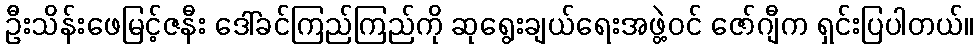
ဦးသိန်းဖေမြင့်ဇနီး ဒေါ်ခင်ကြည်ကြည်ကို ဆုရွေးချယ်ရေးအဖွဲ့ဝင် ဇော်ဂျီက ရှင်းပြပါတယ်။